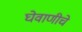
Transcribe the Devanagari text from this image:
घेवाणीचे